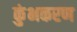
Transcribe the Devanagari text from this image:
कुंभकरण